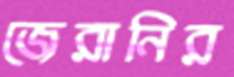
জেরানির